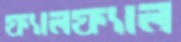
ফ্যালফ্যাল